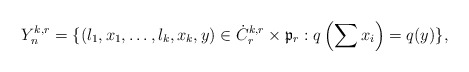
\begin{align*} Y_n^{k,r}=\{(l_1,x_1,\dots,l_k,x_k,y)\in \dot{C}_r^{k,r}\times\mathfrak{p}_r:q\left(\sum x_i\right) = q(y)\},\end{align*}